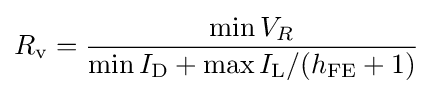
R_{\text{v}}={\frac {\min V_{R}}{\min I_{\text{D}}+\max I_{\text{L}}/(h_{\text{FE}}+1)}}